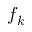
f _ { k }